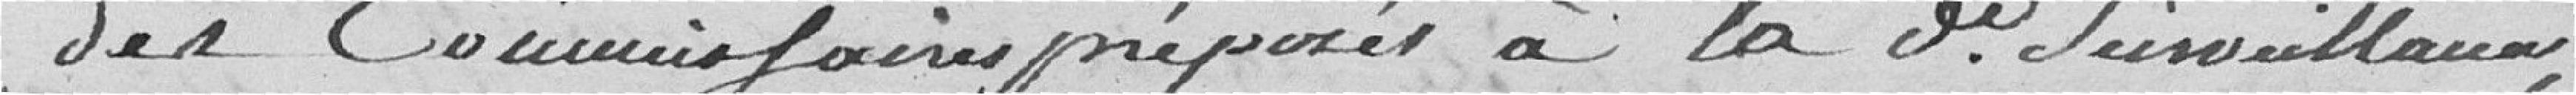
des Commissaires préposés à la dite surveillance